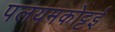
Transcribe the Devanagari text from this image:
पलयमकोट्टई